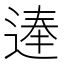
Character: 𨔐